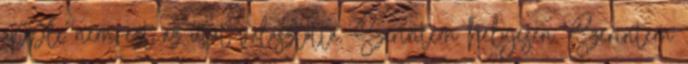
apple nem ezt az utat valasztotta. Szerintem helyesen. Szerintem